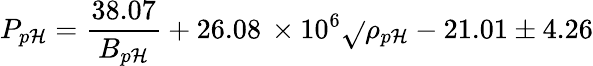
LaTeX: P_{p\mathcal{H}}=\frac{{38.07}}{{B_{p\mathcal{H}}}}+26.08\, \times10^{6}\sqrt{}{{\rho_{p\mathcal{H}}}}-21.01\pm4.26